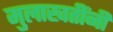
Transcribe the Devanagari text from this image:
मुलाखतींनी